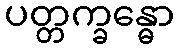
ပတ္တက္ခန္ဓော